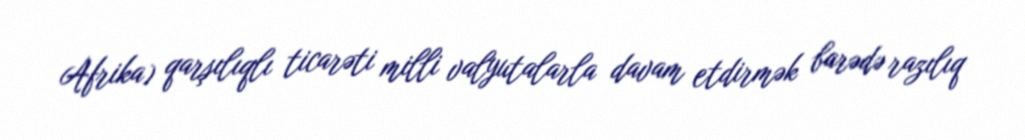
Afrika) qarşılıqlı ticarəti milli valyutalarla davam etdirmək barədə razılıq